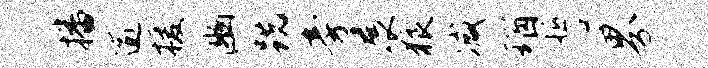
播逾援豳跣旁展狼减瑙誓界